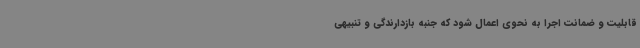
قابلیت و ضمانت اجرا به نحوی اعمال شود که جنبه بازدارندگی و تنبیهی